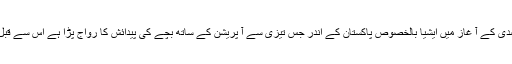
بیسویں صدی کے آ غاز میں ایشیا بالخصوص پاکستان کے اندر جس تیزی سے آ پریشن کے ساتھ بچے کی پیدائش کا رواج پڑا ہے اس سے قبل نہیں تھا۔